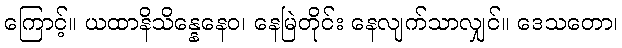
ကြောင့်။ ယထာနိသိန္နေနေဝ၊ နေမြဲတိုင်း နေလျက်သာလျှင်။ ဒေသတော၊